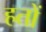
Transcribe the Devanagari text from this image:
हतों